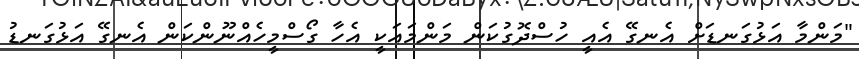
"މަންމާ އަޅުގަނޑަށް އެނގޭ އެއީ ހުސްދޮގުކަން މަންމައަކީ އެހާ ގޯސްމީހެއްނޫންކަން އެނގޭ އަޅުގަނޑު